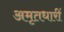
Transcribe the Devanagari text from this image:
अमृतधारीं